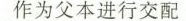
作为父本进行交配